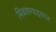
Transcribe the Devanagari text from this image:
मिळवण्याइतपत